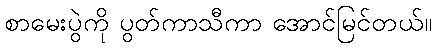
စာမေးပွဲကို ပွတ်ကာသီကာ အောင်မြင်တယ်။